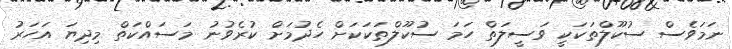
ނަމަވެސް ސުކޫލްތަކަކީ ވަސީލަތް ހަމަ ސުކޫލްތަކަކަށް ހެދުމަށް ކުރެވުނު މަސައްކަތް މިދިޔަ އަހަރު